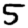
Digit: 5